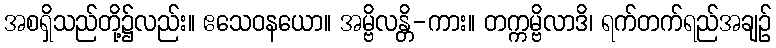
အစရှိသည်တို့၌လည်း။ ဧသေဝနယော။ အမ္ဗိလန္တိ-ကား။ တက္ကမ္ဗိလာဒိ၊ ရက်တက်ရည်အချဉ်